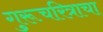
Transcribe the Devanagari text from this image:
गुरूचरित्राचा